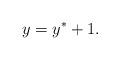
LaTeX: \begin{align*}y=y^*+1.\end{align*}